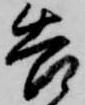
告